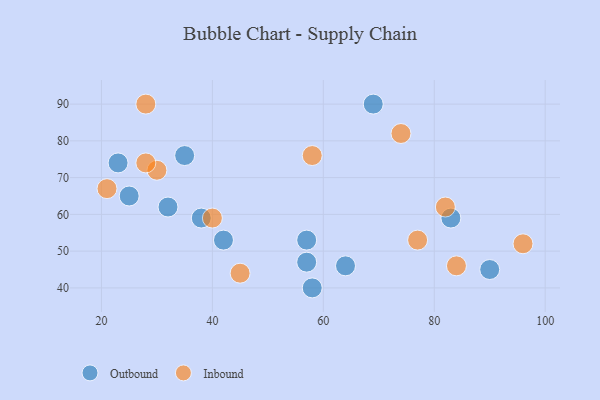
{"axis": {"x": "GDP", "y": "Life Expectancy"}, "legend": ["Inbound", "Outbound"], "data": [{"x": "35", "y": 76, "type": "Outbound"}, {"x": "23", "y": 74, "type": "Outbound"}, {"x": "90", "y": 45, "type": "Outbound"}, {"x": "57", "y": 47, "type": "Outbound"}, {"x": "38", "y": 59, "type": "Outbound"}, {"x": "42", "y": 53, "type": "Outbound"}, {"x": "69", "y": 90, "type": "Outbound"}, {"x": "83", "y": 59, "type": "Outbound"}, {"x": "58", "y": 40, "type": "Outbound"}, {"x": "64", "y": 46, "type": "Outbound"}, {"x": "32", "y": 62, "type": "Outbound"}, {"x": "25", "y": 65, "type": "Outbound"}, {"x": "57", "y": 53, "type": "Outbound"}, {"x": "45", "y": 44, "type": "Inbound"}, {"x": "58", "y": 76, "type": "Inbound"}, {"x": "40", "y": 59, "type": "Inbound"}, {"x": "77", "y": 53, "type": "Inbound"}, {"x": "30", "y": 72, "type": "Inbound"}, {"x": "82", "y": 62, "type": "Inbound"}, {"x": "84", "y": 46, "type": "Inbound"}, {"x": "74", "y": 82, "type": "Inbound"}, {"x": "96", "y": 52, "type": "Inbound"}, {"x": "28", "y": 90, "type": "Inbound"}, {"x": "21", "y": 67, "type": "Inbound"}, {"x": "28", "y": 74, "type": "Inbound"}]}